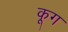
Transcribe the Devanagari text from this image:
कूग